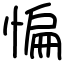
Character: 惼